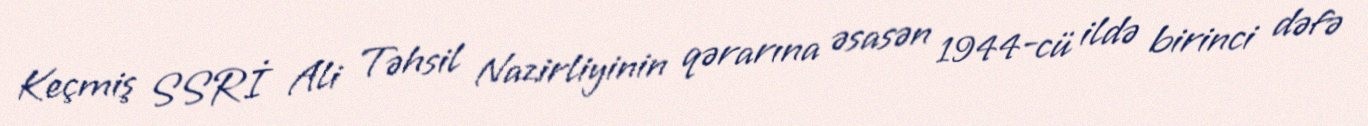
Keçmiş SSRİ Ali Təhsil Nazirliyinin qərarına əsasən 1944-cü ildə birinci dəfə